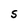
Character: S